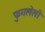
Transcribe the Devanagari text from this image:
फुगलेली